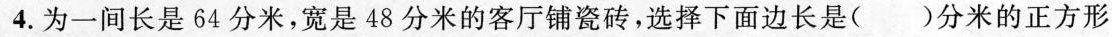
4.为一间长是64分米，宽是48分米的客厅铺瓷砖，选择下面边长是( )分米的正方形